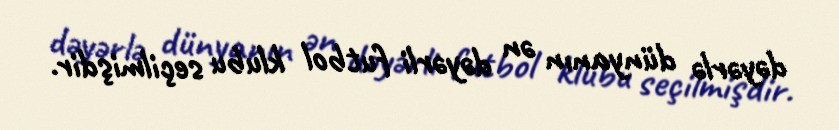
dəyərlə dünyanın ən dəyərli futbol klubu seçilmişdir.